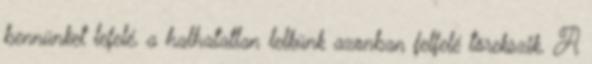
bennünket lefelé, a halhatatlan lelkünk azonban felfelé törekszik. A